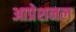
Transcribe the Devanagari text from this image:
आप्रेशनल